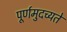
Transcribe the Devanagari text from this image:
पूर्णमुदच्यते